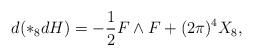
LaTeX: \begin{align*}d( \ast_{8} d H) = - \frac{1}{2} F \wedge F + (2 \pi)^4 X_{8}, \end{align*}